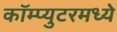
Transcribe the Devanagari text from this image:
कॉम्प्युटरमध्ये